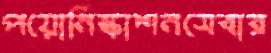
পয়োনিষ্কাশনসেবার